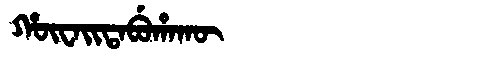
Manchu: ᡥᡡᠸᠠᡳᡨᠠᠪᡠᡥᠠᡴᡡ
Romanization: HŪWAITABUHAKŪ